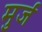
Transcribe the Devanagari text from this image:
मुर्ज